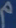
مُمْ